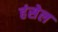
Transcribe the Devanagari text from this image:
हंसेल